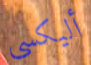
أليكسي